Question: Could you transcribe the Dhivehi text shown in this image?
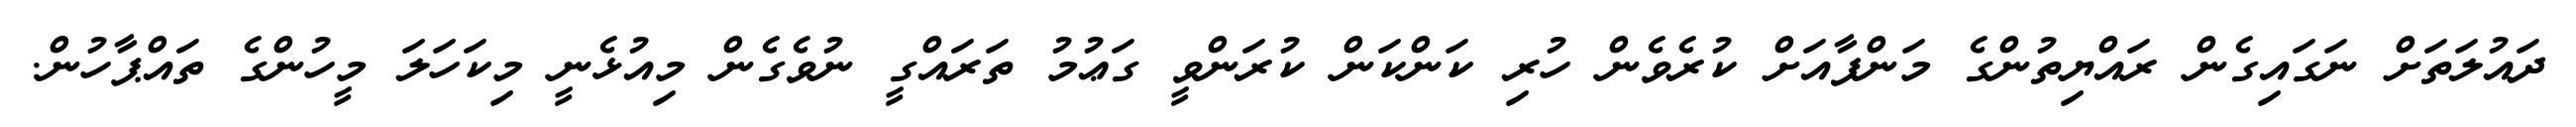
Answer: ދައުލަތަށް ނަގައިގެން ރައްޔިތުންގެ މަންފާއަށް ކުރެވެން ހުރި ކަންކަން ކުރަންވީ ގަޢުމު ތަރައްގީ ނުވެގެން މިއުޅެނީ މިކަހަލަ މީހުންގެ ތައްޕާހުން.